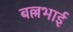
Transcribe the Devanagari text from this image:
बल्लभाई